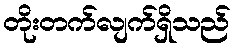
တိုးတက်လျက်ရှိသည်